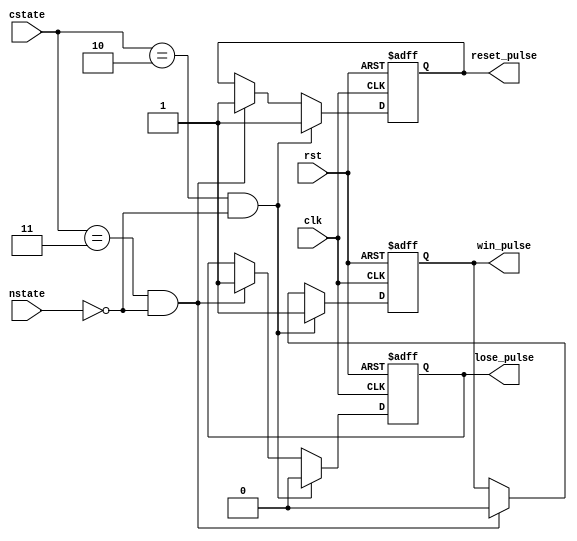
module game_control(
    input clk, rst,
    input [1:0] nstate, cstate,
    output reg win_pulse, lose_pulse,
    output reg reset_pulse
);

parameter IDLE = 2'b00;
parameter UNDER18 = 2'b01;
parameter CLEAR18 = 2'b10;
parameter OVER18 = 2'b11;

always @ (posedge clk or negedge rst) begin
    if (!rst) begin
        win_pulse <= 1'b0;
        lose_pulse <= 1'b0;
        reset_pulse <= 1'b0;
    end
    
    else begin
        if (cstate == CLEAR18 && nstate == IDLE) begin
            win_pulse <= 1'b1;
            lose_pulse <= 1'b0;
            reset_pulse <= 1'b1;
        end
        
        else if (cstate == OVER18 && nstate == IDLE) begin
            win_pulse <= 1'b0;
            lose_pulse <= 1'b1;
            reset_pulse <= 1'b1;
        end
        
        else begin
            win_pulse <= win_pulse;
            lose_pulse <= lose_pulse;
        end
    end
end

endmodule